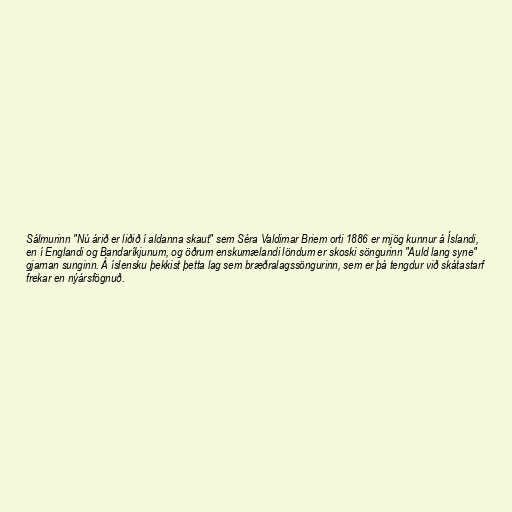
Sálmurinn "Nú árið er liðið í aldanna skaut" sem Séra Valdimar Briem orti 1886 er mjög kunnur á Íslandi,
en í Englandi og Bandaríkjunum, og öðrum enskumælandi löndum er skoski söngurinn "Auld lang syne"
gjarnan sunginn. Á íslensku þekkist þetta lag sem bræðralagssöngurinn, sem er þá tengdur við skátastarf
frekar en nýársfögnuð.